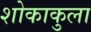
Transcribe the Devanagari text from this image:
शोकाकुला